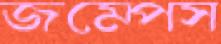
জম্পেস